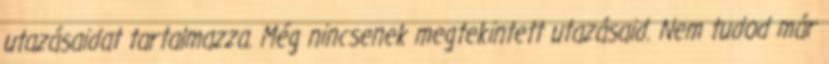
utazásaidat tartalmazza. Még nincsenek megtekintett utazásaid. Nem tudod már